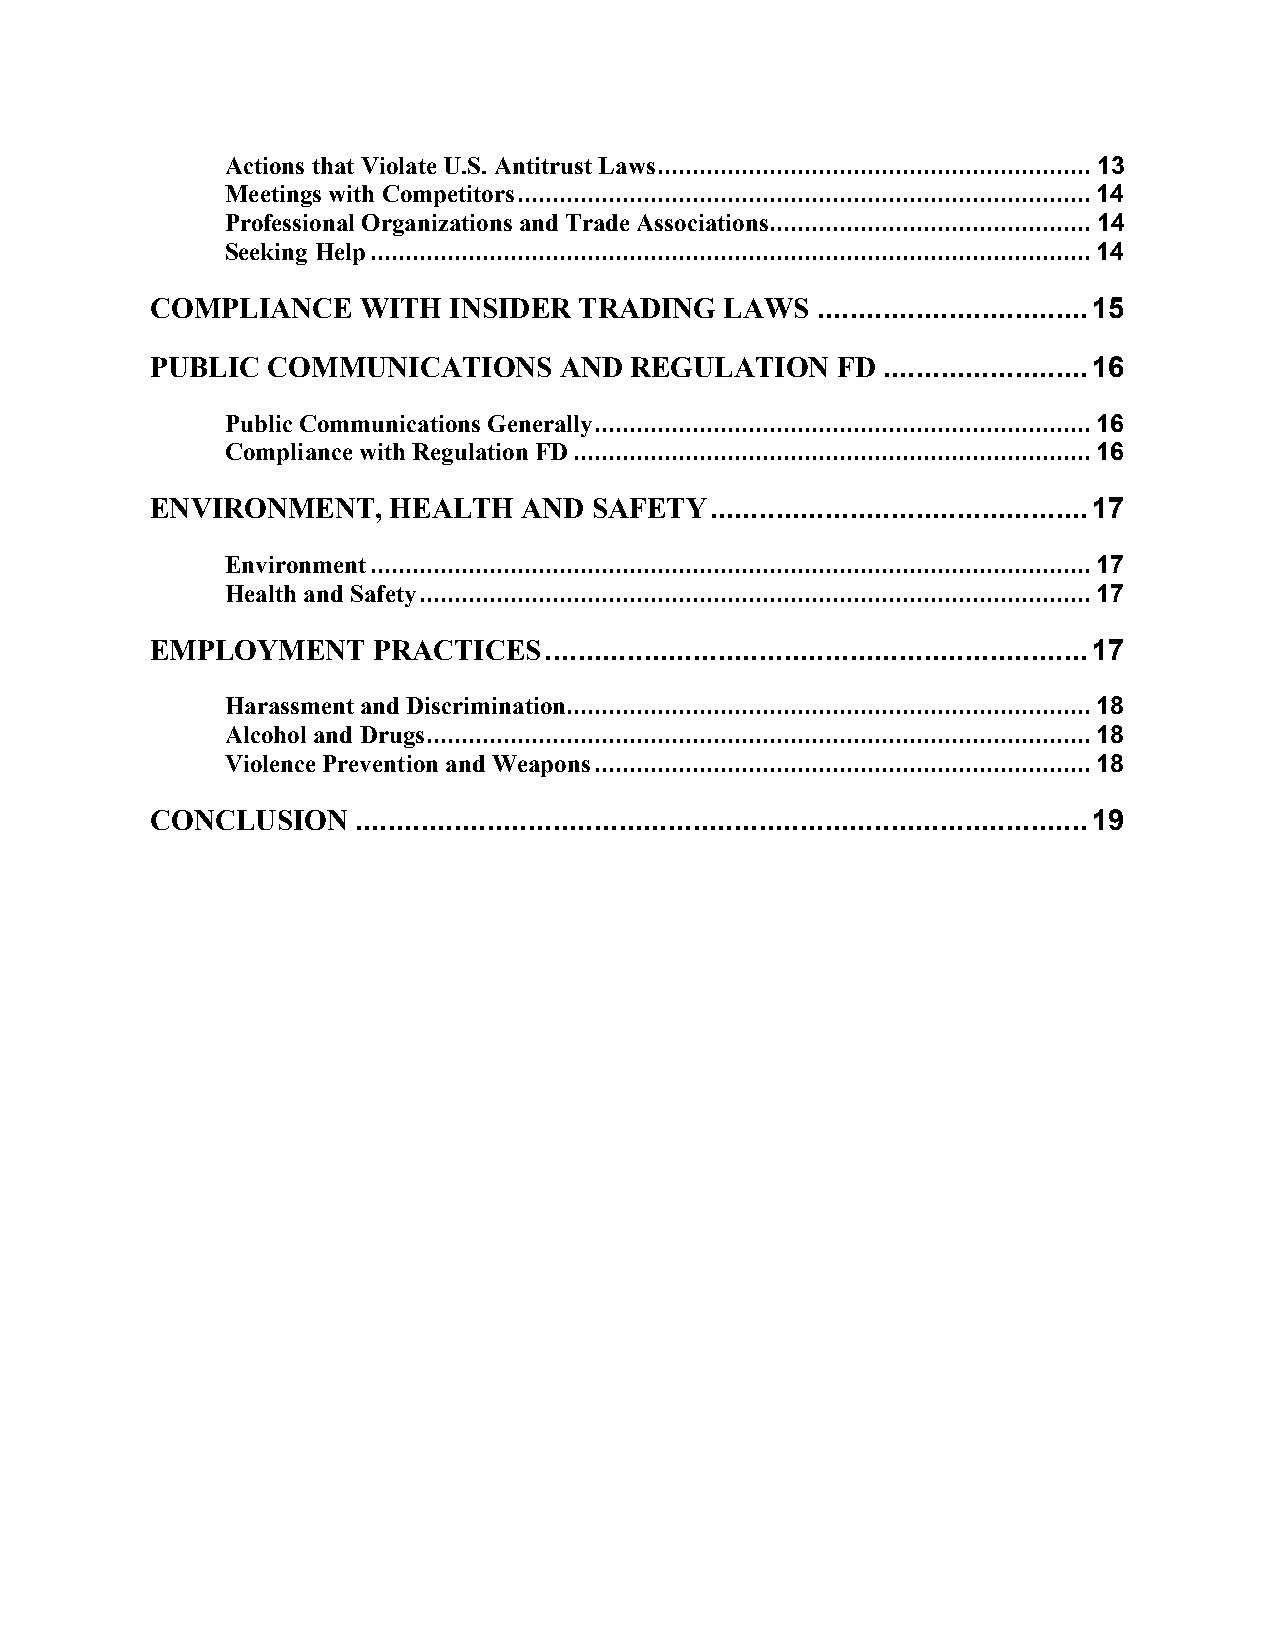
Actions that Violate U.S. Antitrust Laws .............................................................. 13
 Meetings with Competitors .................................................................................. 14
 Professional Organizations and Trade Associations .............................................. 14
 Seeking Help ....................................................................................................... 14
 COMPLIANCE    WITH  INSIDER TRADING   LAWS  ................................. 15
 PUBLIC  COMMUNICATIONS     AND  REGULATION   FD ......................... 16
 Public Communications Generally ....................................................................... 16
 Compliance with Regulation FD .......................................................................... 16
 ENVIRONMENT,    HEALTH   AND SAFETY  .............................................. 17
 Environment ....................................................................................................... 17
 Health and Safety ................................................................................................ 17
 EMPLOYMENT     PRACTICES  .................................................................. 17
 Harassment and Discrimination ........................................................................... 18
 Alcohol and Drugs ............................................................................................... 18
 Violence Prevention and Weapons ....................................................................... 18
 CONCLUSION   ......................................................................................... 19